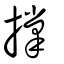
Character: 牚